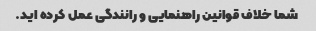
شما خلاف قوانین راهنمایی و رانندگی عمل کرده اید.